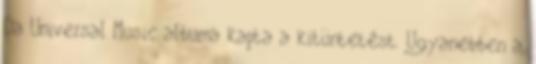
Da Universal Music albuma kapta a kitüntetést. Ugyanebben a